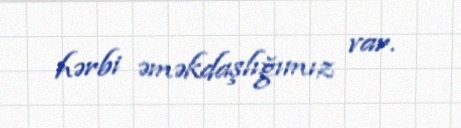
hərbi əməkdaşlığımız var.